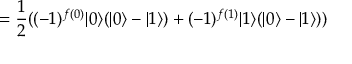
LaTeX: = { \frac { 1 } { 2 } } ( ( - 1 ) ^ { f ( 0 ) } | 0 \rangle ( | 0 \rangle - | 1 \rangle ) + ( - 1 ) ^ { f ( 1 ) } | 1 \rangle ( | 0 \rangle - | 1 \rangle ) )